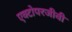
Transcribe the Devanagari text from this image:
एक्टोपरजीवी